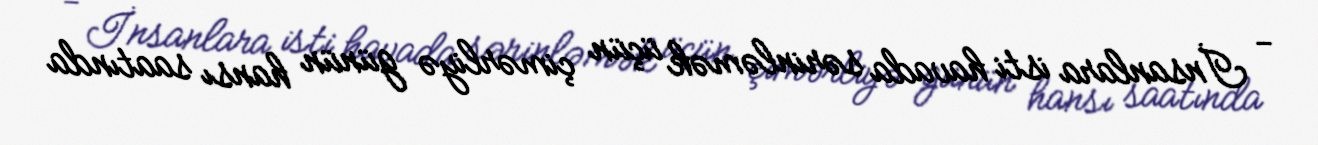
- İnsanlara isti havada sərinləmək üçün çimərliyə günün hansı saatında